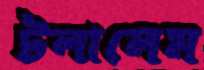
টলালেম